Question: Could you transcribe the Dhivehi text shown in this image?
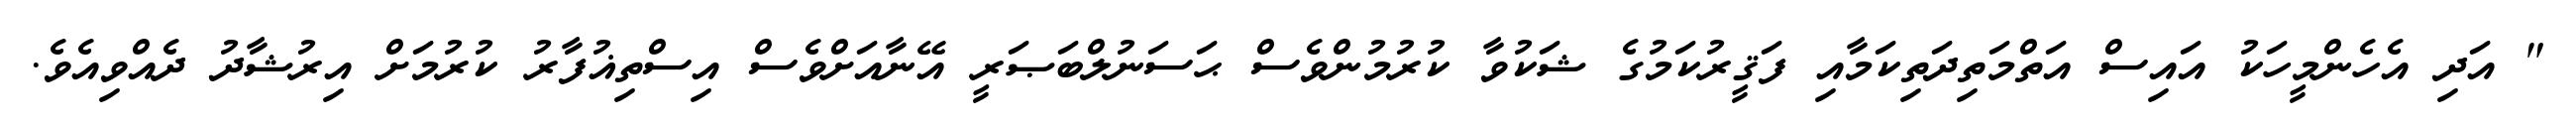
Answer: " އަދި އެހެންމީހަކު އައިސް އަތްމަތިދަތިކަމާއި ފަޤީރުކަމުގެ ޝަކުވާ ކުރުމުންވެސް ޙަސަނުލްބަޞަރީ އޭނާއަށްވެސް އިސްތިޣުފާރު ކުރުމަށް އިރުޝާދު ދެއްވިއެވެ.